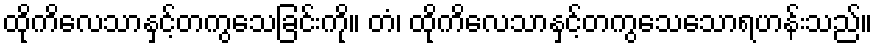
ထိုကိလေသာနှင့်တကွသေခြင်းကို။ တံ၊ ထိုကိလေသာနှင့်တကွသေသောရဟန်းသည်။